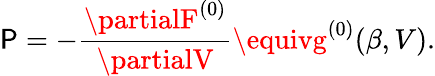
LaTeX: \mathsf{P}=-\frac{{\partialF^{(0)}}}{{\partialV}}\equivg^{(0)}(\beta,V).